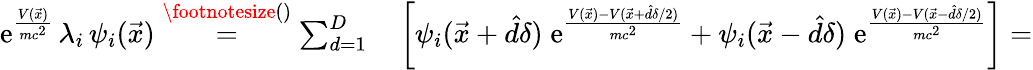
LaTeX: \begin{array}{rl}{\mathrm e^{\frac{V(\vec{x})}{mc^{2}}}\, \lambda_{i}\, \psi_{i}(\vec{x})\overset{\footnotesize()}{=}\sum_{d=1}^{D}}&{{}\left[\psi_{i}(\vec{x}+\hat{d}\delta)\; \mathrm e^{\frac{V(\vec{x})-V(\vec{x}+\hat{d}\delta/2)}{mc^{2}}}+\psi_{i}(\vec{x}-\hat{d}\delta)\; \mathrm e^{\frac{V(\vec{x})-V(\vec{x}-\hat{d}\delta/2)}{mc^{2}}}\right]=}\end{array}